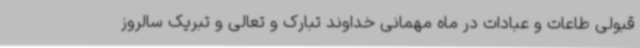
قبولی طاعات و عبادات در ماه مهمانی خداوند تبارک و تعالی و تبریک سالروز